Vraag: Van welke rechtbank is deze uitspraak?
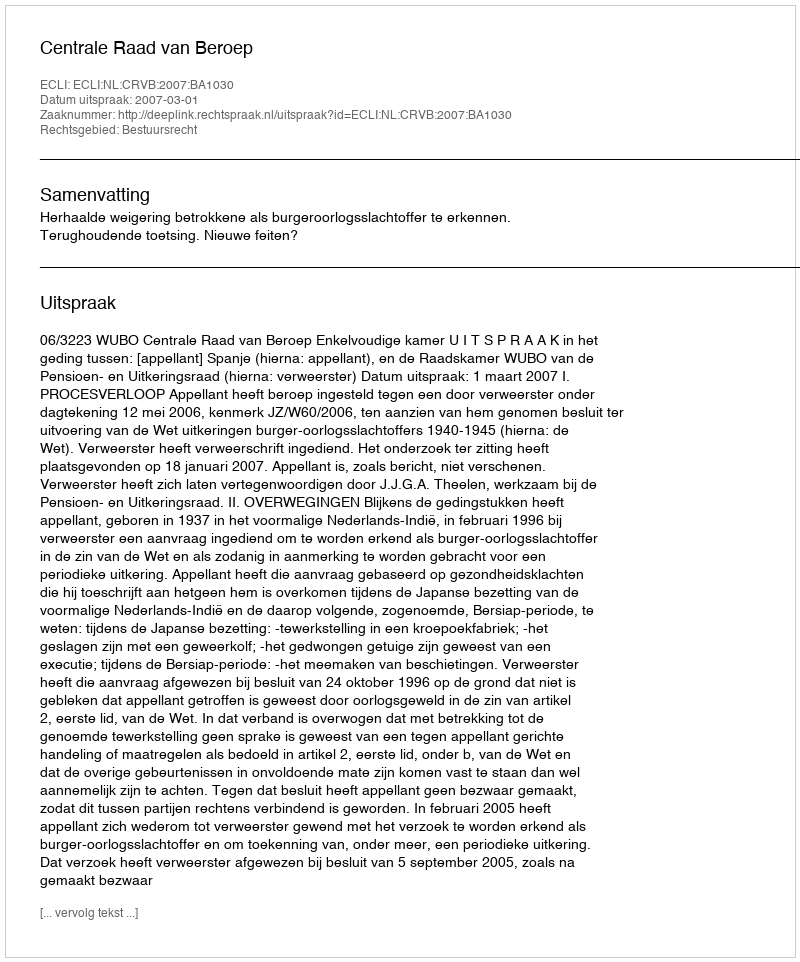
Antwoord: Centrale Raad van Beroep